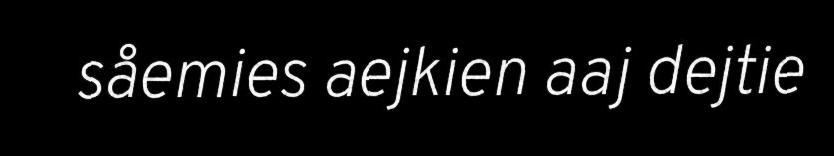
såemies aejkien aaj dejtie